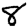
Digit: 8